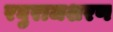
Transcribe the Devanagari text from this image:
रघुराजशरण